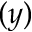
( y )